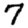
Digit: 7